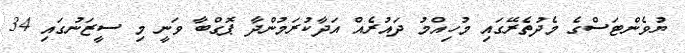
ޔުވެންޓަސްގެ މެދުތެރޭގައި މުހިއްމު ދައުރެއް އަދާކުރަމުންދާ ޕޮގްބާ ވަނީ މި ސީޒަނުގައި 34